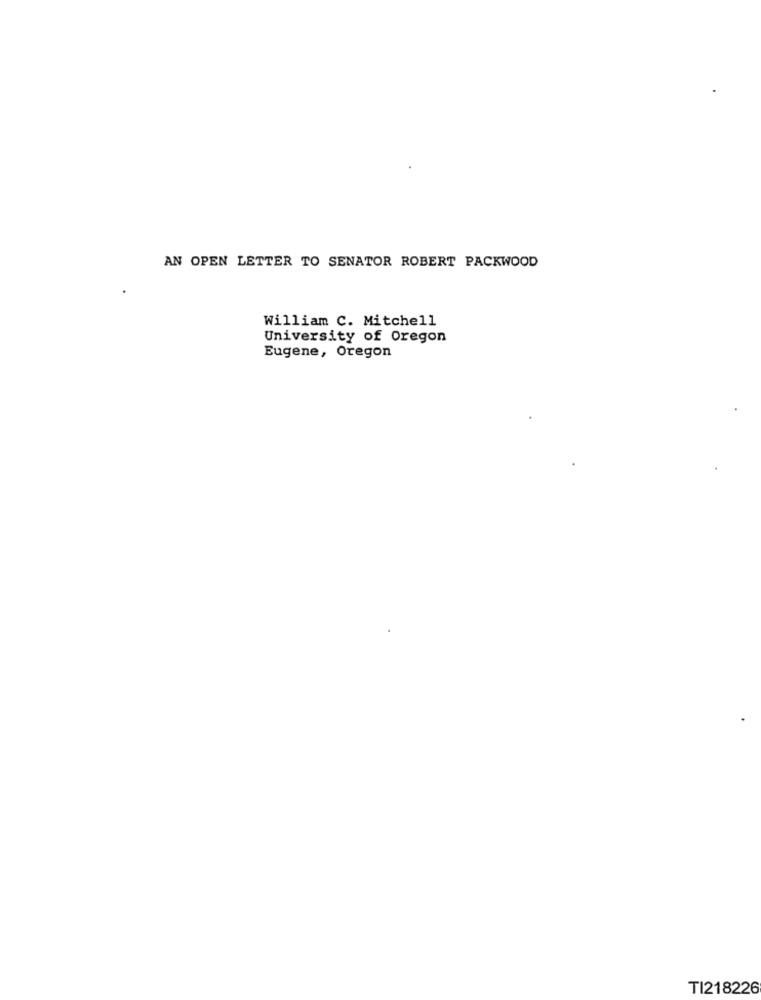
AN OPEN LETTER TO SENATOR ROBERT PACKWOOD
William C. Mitchell
University of Oregon
Eugene, Oregon
TI218226